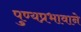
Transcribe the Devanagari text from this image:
पुण्यप्रभावाने